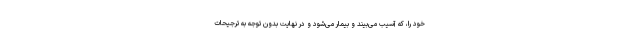
خود را، که آسیب می‌بیند و بیمار می‌شود و در نهایت بدون توجه به ترجیحات